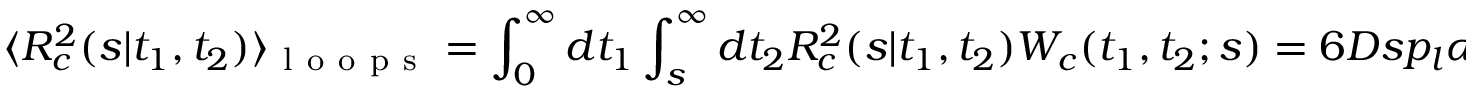
\langle { \cal R } _ { c } ^ { 2 } ( s | t _ { 1 } , t _ { 2 } ) \rangle _ { \mathrm { ~ l ~ o ~ o ~ p ~ s ~ } } = \int _ { 0 } ^ { \infty } d t _ { 1 } \int _ { s } ^ { \infty } d t _ { 2 } { \cal R } _ { c } ^ { 2 } ( s | t _ { 1 } , t _ { 2 } ) { \cal W } _ { c } ( t _ { 1 } , t _ { 2 } ; s ) = 6 D s p _ { l } \alpha _ { l } ^ { 2 } \int _ { 0 } ^ { \infty } d t _ { 1 } \int _ { s } ^ { \infty } d t _ { 2 } \left( 1 - \frac { s } { t _ { 1 } + t _ { 2 } } \right) e ^ { - \alpha _ { l } ( t _ { 1 } + t _ { 2 } ) } .